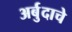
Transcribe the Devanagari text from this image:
अर्बुदाचे